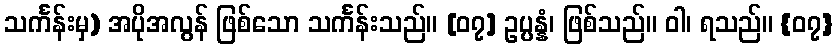
သင်္ကန်းမှ) အပိုအလွန် ဖြစ်သော သင်္ကန်းသည်။ [၀၇] ဥပ္ပန္နံ၊ ဖြစ်သည်။ ဝါ၊ ရသည်။ {၀၇}